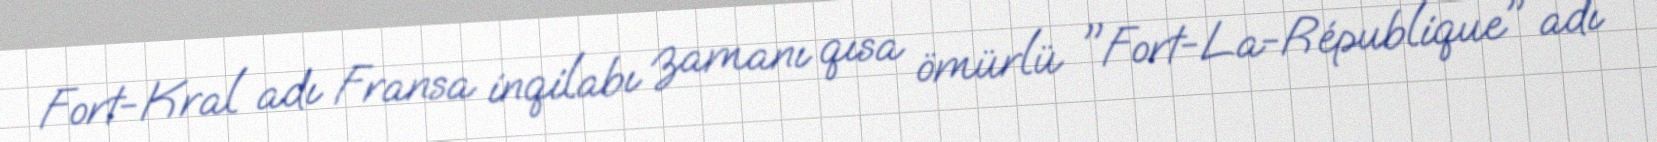
Fort-Kral adı Fransa inqilabı zamanı qısa ömürlü "Fort-La-République" adı